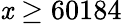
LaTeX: \mathit{x}\geq60184